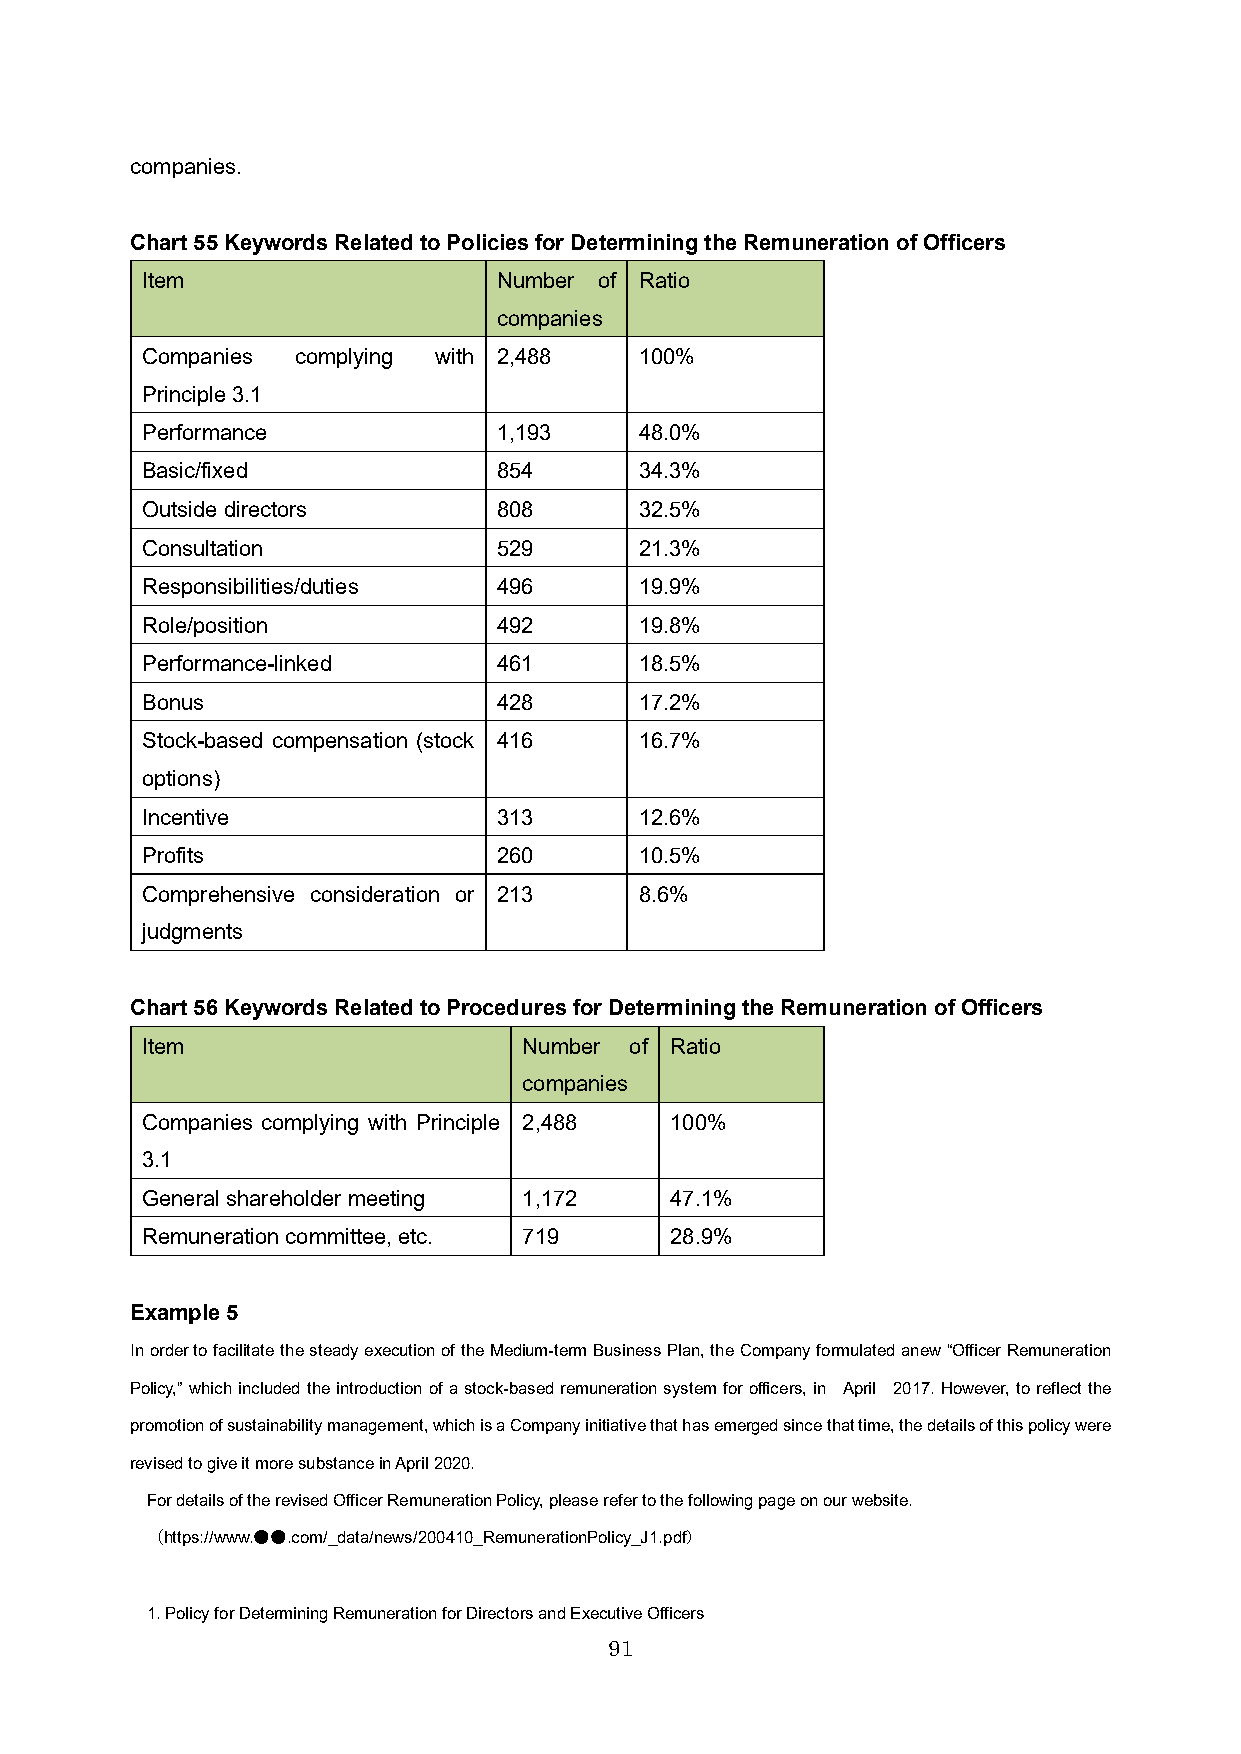
companies.
 Chart 55Keywords Related to Policies for Determining the Remuneration of Officers
 Item                    Number of Ratio
 companies
 Companies  complying with 2,488  100%
 Principle 3.1
 Performance             1,193    48.0%
 Basic/fixed             854      34.3%
 Outside directors       808      32.5%
 Consultation            529      21.3%
 Responsibilities/duties 496      19.9%
 Role/position           492      19.8%
 Performance-linked      461      18.5%
 Bonus                   428      17.2%
 Stock-based compensation (stock 416 16.7%
 options)
 Incentive               313      12.6%
 Profits                 260      10.5%
 Comprehensive consideration or 213 8.6%
 judgments
 Chart 56Keywords Related to Procedures for Determining the Remuneration of Officers
 Item                      Number of Ratio
 companies
 Companies complying with Principle 2,488 100%
 3.1
 General shareholder meeting 1,172  47.1%
 Remuneration committee, etc. 719   28.9%
 Example 5
 In order to facilitate the steady execution of the Medium-term Business Plan, the Company formulated anew “Officer Remuneration
 Policy,” which included the introduction of a stock-based remuneration system for officers, in April 2017. However, to reflectthe
 promotion of sustainability management, which is a Company initiative that has emerged since that time, the details of this policy were
 revised to give it more substance in April 2020.
 For details of the revised Officer Remuneration Policy, please refer to the following page on our website.
 （https://www.●●.com/_data/news/200410_RemunerationPolicy_J1.pdf）
 1. Policy for Determining Remuneration for Directors and Executive Officers
 91